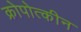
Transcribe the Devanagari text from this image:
क्रोपोत्कीन